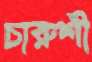
চারুশী